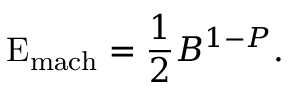
\mathrm { E } _ { \mathrm { m a c h } } = { \frac { 1 } { 2 } } B ^ { 1 - P } .